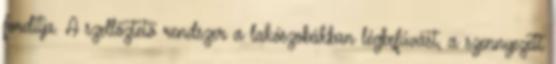
fordítja. A szellőztető rendszer a lakószobákban légbefúvást, a szennyezett